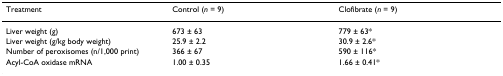
<table><thead><tr><td><b>Treatment</b></td><td><b>Control (<i>n </i>= 9)</b></td><td><b>Clofibrate (<i>n </i>= 9)</b></td></tr></thead><tbody><tr><td>Liver weight (g)</td><td>673 ± 63</td><td>779 ± 63*</td></tr><tr><td>Liver weight (g/kg body weight)</td><td>25.9 ± 2.2</td><td>30.9 ± 2.6*</td></tr><tr><td>Number of peroxisomes (n/1,000 print)</td><td>366 ± 67</td><td>590 ± 116*</td></tr><tr><td>Acyl-CoA oxidase mRNA</td><td>1.00 ± 0.35</td><td>1.66 ± 0.41*</td></tr></tbody></table>